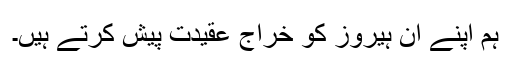
ہم اپنے ان ہیروز کو خراج عقیدت پیش کرتے ہیں۔